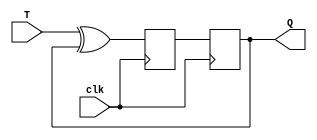
module T_FF (
    input wire T,
    input wire clk,
    output reg Q
);

reg  master, slave;

always @(posedge clk) begin
    master <= T ^ slave;
    slave <= master;
end

assign Q = slave;

endmodule